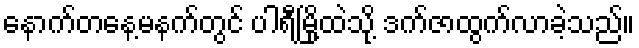
နောက်တနေ့မနက်တွင် ပါရီမြို့ထဲသို့ ဒက်ဇာထွက်လာခဲ့သည်။